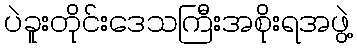
ပဲခူးတိုင်းဒေသကြီးအစိုးရအဖွဲ့